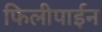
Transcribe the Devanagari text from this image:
फिलीपाईन